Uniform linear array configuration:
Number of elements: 12
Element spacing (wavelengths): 0.5
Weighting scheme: blackman
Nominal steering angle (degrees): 15
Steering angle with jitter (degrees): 16.78
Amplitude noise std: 0.05
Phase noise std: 0.05

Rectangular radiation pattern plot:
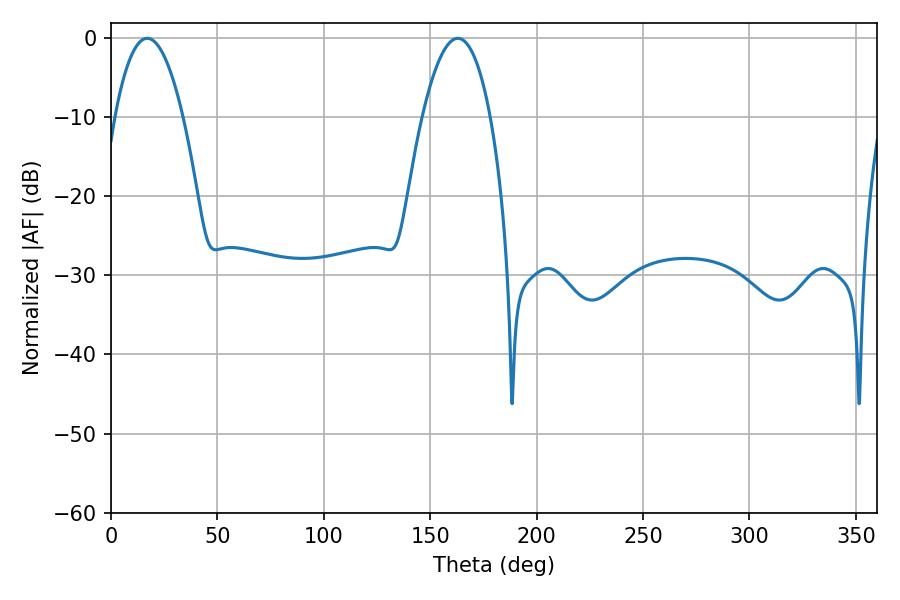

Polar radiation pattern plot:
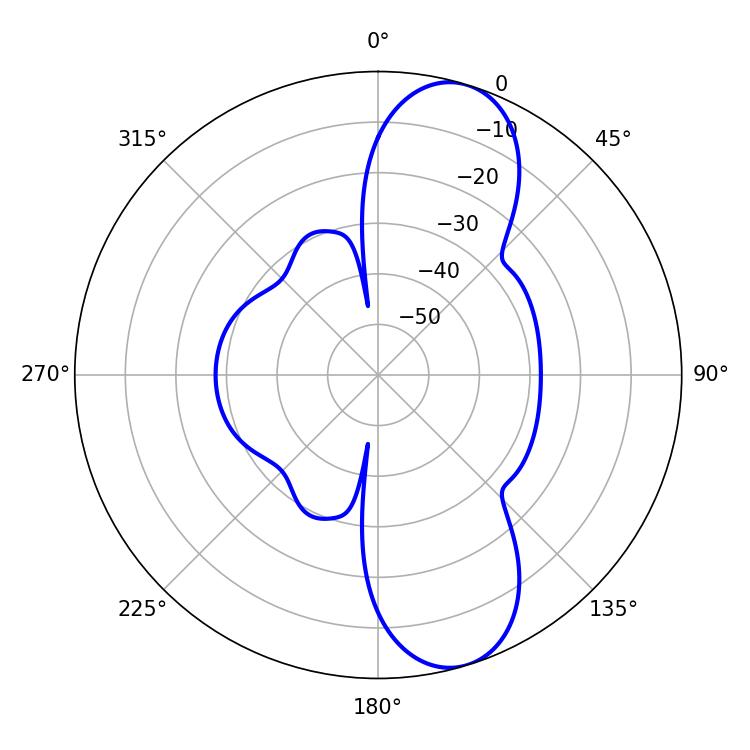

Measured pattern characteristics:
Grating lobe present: FALSE
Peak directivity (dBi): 10.049
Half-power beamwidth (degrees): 17.64
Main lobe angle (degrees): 162.9